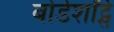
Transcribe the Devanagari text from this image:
बोर्डशॉर्ट्स